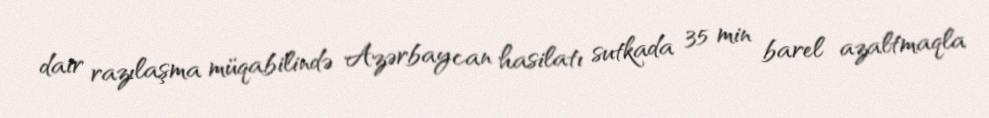
dair razılaşma müqabilində Azərbaycan hasilatı sutkada 35 min barel azaltmaqla